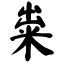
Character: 粜